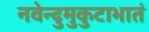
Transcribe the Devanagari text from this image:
नवेन्दुमुकुटाभातं